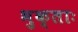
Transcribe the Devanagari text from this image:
भुक्ताः